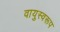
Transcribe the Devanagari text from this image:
वायुस्वरूप